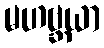
မဟဗ္ဘယာ